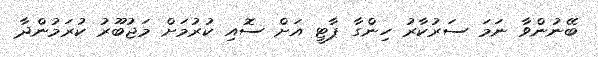
ބޭނުންވާ ނަމަ ސަރުކާރު ހިންގާ ޕާޓީ އަށް ސޮއި ކުރުމަށް މަޖުބޫރު ކުރަމުންދާ